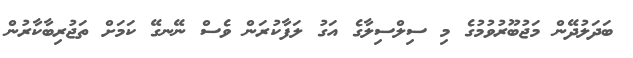
ބަދަލުދޭން މަޖުބޫރުވުމުގެ މި ސިލްސިލާގެ އަގު ލަފާކުރަން ވެސް ނޭނގޭ ކަމަށް ތަޖުރިބާކާރުން